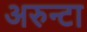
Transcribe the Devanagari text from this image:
अरुन्टा